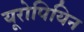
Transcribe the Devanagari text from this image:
यूरोपियिन